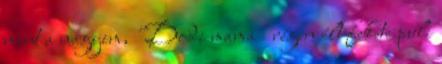
mint a nagyim, "Dodi mama" régen élt fekete puli